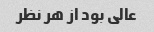
عالی بود از هر نظر